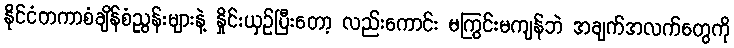
နိုင်ငံတကာစံချိန်စံညွန်းများနဲ့ နှိုင်းယှဉ်ပြီးတော့ လည်းကောင်း မကြွင်းမကျန်ဘဲ အချက်အလက်တွေကို